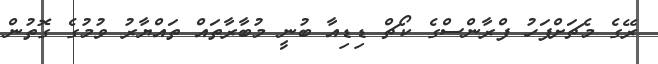
ރޭގެ މެޗަށްފަހު ފްރާންސްގެ ކޯޗް ޑިޑިއާ ބުނީ މުބާރާތައް ތައްޔާރު ވުމުގެ ގޮތުން